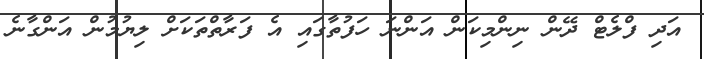
އަދި ފްލެޓް ދޭން ނިންމިކަން އަންނަ ހަފުތާގައި އެ ފަރާތްތަކަށް ލިޔުމުން އަންގާނެ